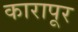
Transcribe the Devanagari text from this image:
कारापूर